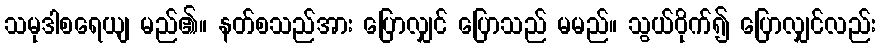
သမုဒါစရေယျ မည်၏။ နတ်စသည်အား ပြောလျှင် ပြောသည် မမည်။ သွယ်ဝိုက်၍ ပြောလျှင်လည်း